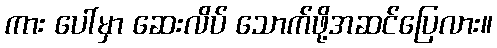
ကား ပေါ်မှာ ဆေးလိပ် သောက်ဖို့အဆင်ပြေလား။